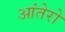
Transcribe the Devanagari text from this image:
आंतेरो